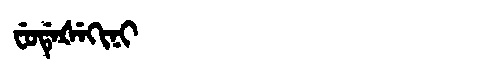
Manchu: ᠸᡠᡩᡝᡧᡝᡴᡳᠨᡳ
Romanization: FUDEŠEKINI